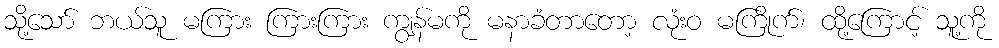
သို့သော် ဘယ်သူ မကြား ကြားကြား ကျွန်မကို မနာခံတာတော့ လုံးဝ မကြိုက်၊ ထို့ကြောင့် သူ့ကို